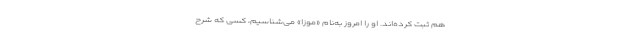
هم ثبت کرده‌اند. او را امروز به‌نام «موزا» می‌شناسیم، کسی که شرح